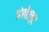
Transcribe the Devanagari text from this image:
हंबोल्ड्ट